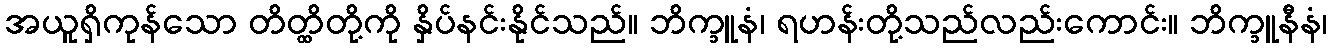
အယူရှိကုန်သော တိတ္ထိတို့ကို နှိပ်နင်းနိုင်သည်။ ဘိက္ခူနံ၊ ရဟန်းတို့သည်လည်းကောင်း။ ဘိက္ခူနီနံ၊